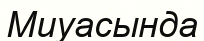
Миуасында